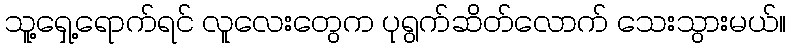
သူ့ရှေ့ရောက်ရင် လူလေးတွေက ပုရွက်ဆိတ်လောက် သေးသွားမယ်။